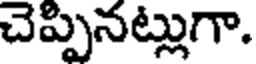
చెప్పినట్లుగా.